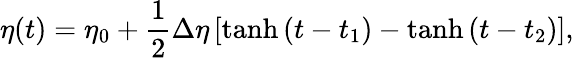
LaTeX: \eta(t)=\eta_{0}+{\frac{1}{2}}\Delta\eta\left[\operatorname{tanh}{(t-t_{1})}-\operatorname{tanh}{(t-t_{2})}\right],